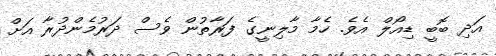
އަދި ބޮބީ ޑިއޯލް އެވެ. ހެމާ މާލިނީގެ ފަރާތުން ވެސް ދަރުމެންދުރާ އަށް